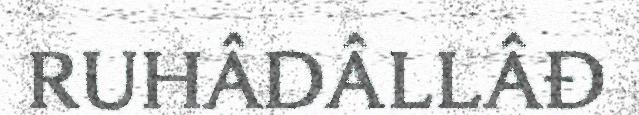
RUHÂDÂLLÂĐ